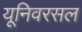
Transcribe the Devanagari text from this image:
यूनिवरसल